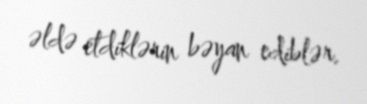
əldə etdiklərin bəyan ediblər.